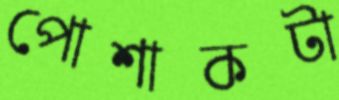
পোশাকটা